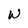
Character: W